Annual administration report of the Civil Veterinary Department of India - 1893-1894
Year: 1893
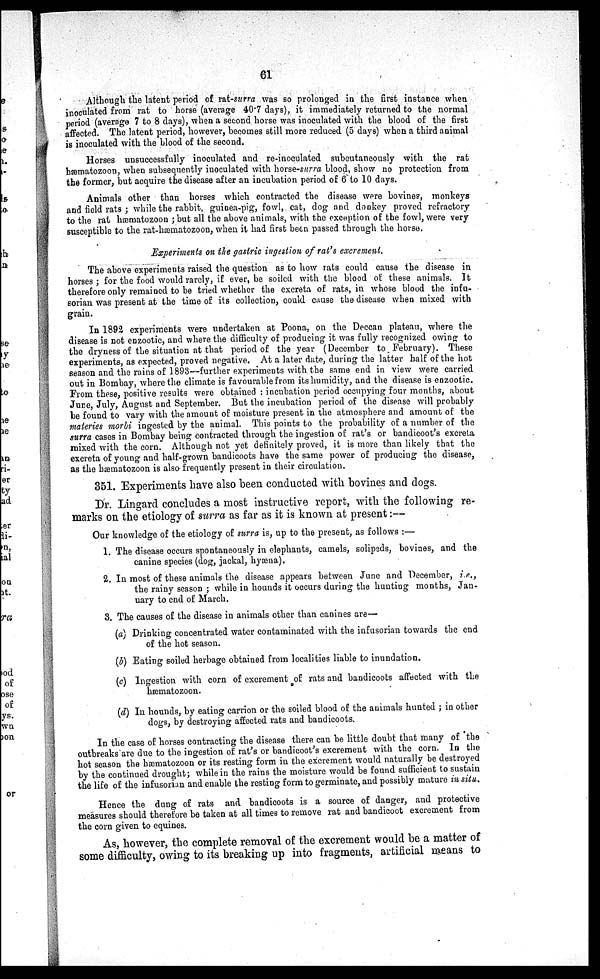
61
Although the latent period of rat-surra was so prolonged in the first instance when
inoculated from rat to horse (average 40.7 days), it immediately returned to the normal
period (average 7 to 8 days), when a second horse was inoculated with the blood of the first
affected. The latent period, however, becomes still more reduced (5 days) when a third animal
is inoculated with the blood of the second.
Horses unsuccessfully inoculated and re-inoculated subcutaneously with the rat
hæmatozoon, when subsequently inoculated with horse-surra blood, show no protection from
the former, but acquire the disease after an incubation period of 6 to 10 days.
Animals other than horses which contracted the disease were bovines, monkeys
and field rats; while the rabbit, guinea-pig, fowl, cat, dog and donkey proved refractory
to the rat hæmatozoon; but all the above animals, with the exception of the fowl, were very
susceptible to the rat-hæmatozoon, when it had first been passed through the horse.
Experiments on the gastric ingestion of rat's excrement.
The above experiments raised the question as to how rats could cause the disease in
horses; for the food would rarely, if ever, be soiled with the blood of these animals. It
therefore only remained to be tried whether the excreta of rats, in whose blood the infu-
sorian was present at the time of its collection, could cause the disease when mixed with
grain.
In 1892 experiments were undertaken at Poona, on the Deccan plateau, where the
disease is not enzootic, and where the difficulty of producing it was fully recognized owing to
the dryness of the situation at that period of the year (December to February). These
experiments, as expected, proved negative. At a later date, during the latter half of the hot
season and the rains of 1893—further experiments with the same end in view were carried
out in Bombay, where the climate is favourable from its humidity, and the disease is enzootic.
From these, positive results were obtained: incubation period occupying four months, about
June, July, August and September. But the incubation period of the disease will probably
be found to vary with the amount of moisture present in the atmosphere and amount of the
materies morbi ingested by the animal. This points to the probability of a number of the
surra cases in Bombay being contracted through the ingestion of rat's or bandicoot's excreta
mixed with the corn. Although not yet definitely proved, it is more than likely that the
excreta of young and half-grown bandicoots have the same power of producing the disease,
as the hæmatozoon is also-frequently present in their circulation.
351. Experiments have also been conducted with bovines and dogs.
Dr. Lingard concludes a most instructive report, with the following re-
marks on the etiology of surra as far as it is known at present:—
Our knowledge of the etiology of surra is, up to the present, as follows:—
1. The disease occurs spontaneously in elephants, camels, solipeds, bovines, and the
canine species (dog, jackal, hyæna).
2. In most of these animals the disease appears between June and December, i.e.,
the rainy season; while in hounds it occurs during the hunting months, Jan-
uary to end of March.
3. The causes of the disease in animals other than canines are—
(a) Drinking concentrated water contaminated with the infusorian towards the end
of the hot season.
(b) Eating soiled herbage obtained from localities liable to inundation.
(c) Ingestion with corn of excrement of rats and bandicoots affected with the
hæmatozoon.
(d) In hounds, by eating carrion or the soiled blood of the animals hunted; in other
dogs, by destroying affected rats and bandicoots.
In the case of horses contracting the disease there can be little doubt that many of the
outbreaks are due to the ingestion of rat's or bandicoot's excrement with the corn. In the
hot season the hæmatozoon or its resting form in the excrement would naturally be destroyed
by the continued drought; while in the rains the moisture would be found sufficient to sustain
the life of the infusorian and enable the resting form to germinate, and possibly mature in situ.
Hence the dung of rats and bandicoots is a source of danger, and protective
measures should therefore be taken at all times to remove rat and bandicoot excrement from
the corn given to equines.
As, however, the complete removal of the excrement would be a matter of
some difficulty, owing to its breaking up into fragments, artificial means to